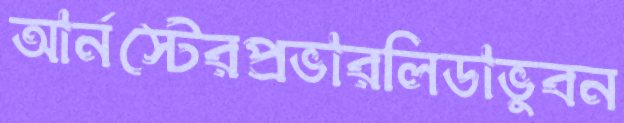
আর্নস্টেরপ্রভারলিডাভুবন